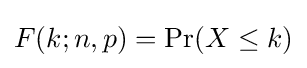
F(k;n,p)=\Pr(X\leq k)